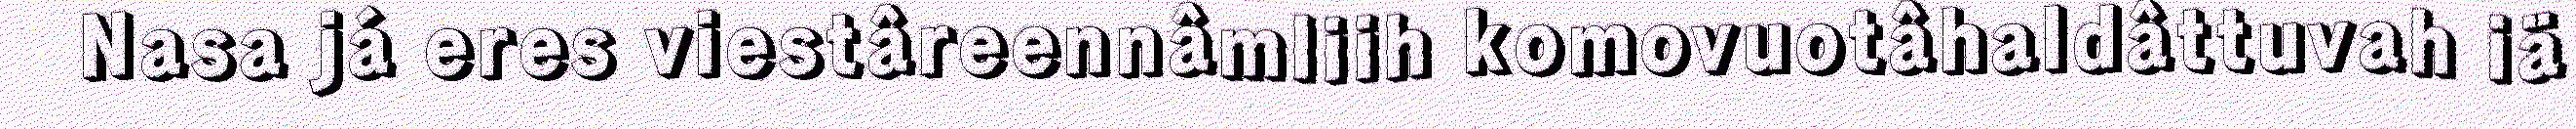
Nasa já eres viestâreennâmliih komovuotâhaldâttuvah iä